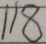
1 1 8